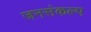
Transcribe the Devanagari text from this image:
जनसंकल्प